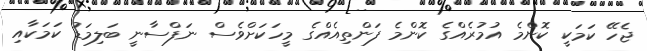
ޖެހޭ ކަމަކީ ކޮންމެ އުމުރެއްގެ ކޮންމެ ފަންތިއެއްގެ މީހަކަށްވެސް ނަފްސާނީ ބަލިމަޑު ކަމަަކާއި